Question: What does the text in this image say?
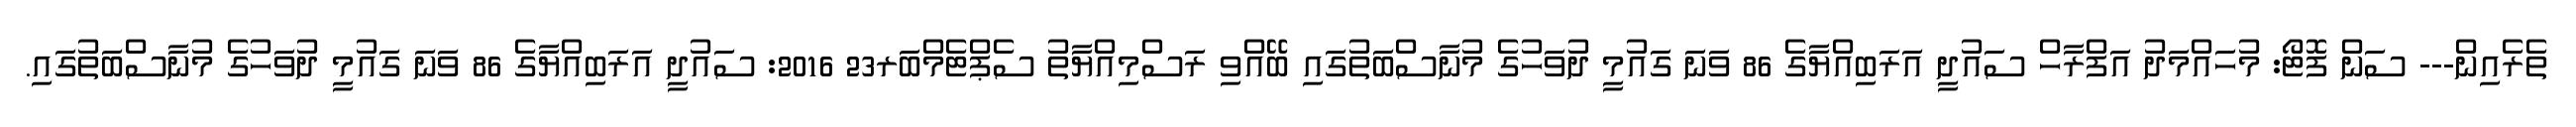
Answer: ތެރެއިން--- ސަން ފޮޓޯ: މުހައްމަދު އަފްރާހް ސައުދީ އަރަބިއްޔާގެ 86 ވަނަ ގައުމީ ދުވަހުގެ މުނާސްބަތުގައި ބޭއްވި ރަސްމިއްޔާތު ސެޕްޓެމްބަރ23 2016: ސައުދީ އަރަބިއްޔާގެ 86 ވަނަ ގައުމީ ދުވަހުގެ މުނާސްބަތުގައި.